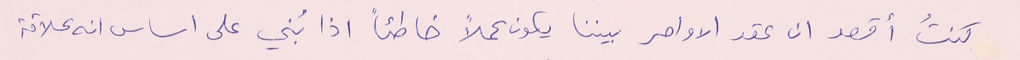
كنتُ أقصد ان عقد الاواصر بيننا يكون عملاً خاطئاً اذا بُني على اساس انه علاقة